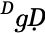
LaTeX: ^ḊgḌ